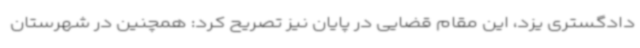
دادگستری یزد، این مقام قضایی در پایان نیز تصریح کرد: همچنین در شهرستان